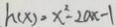
h ( x ) = x ^ { 2 } - 2 a x - 1